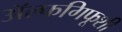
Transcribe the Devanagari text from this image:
ॲल्फगिफूशी